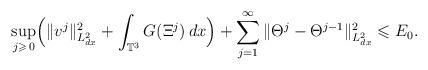
LaTeX: \begin{align*}\begin{aligned}\sup_{j \geqslant \, 0} \Bigl( \| v^j\|^2_{L^2_{dx}}+\int_{\mathbb{T}^3} G(\Xi^j) \,dx \Bigr) + \sum_{j=1}^{\infty}\|\Theta^j - \Theta^{j-1}\|_{L^2_{dx}}^2 \leqslant E_0.\end{aligned}\end{align*}